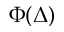
\Phi ( \boldsymbol \Delta )